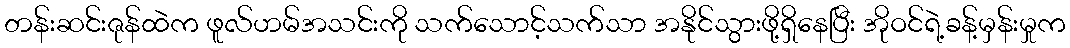
တန်းဆင်းဇုန်ထဲက ဖူလ်ဟမ်အသင်းကို သက်သောင့်သက်သာ အနိုင်သွားဖို့ရှိနေပြီး အိုဝင်ရဲ့ခန့်မှန်းမှုက